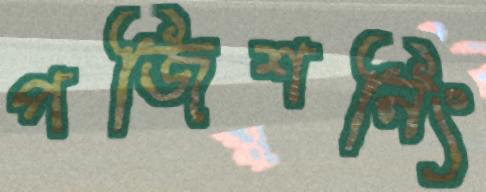
পজিশনিং